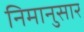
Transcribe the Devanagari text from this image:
निमानुसार